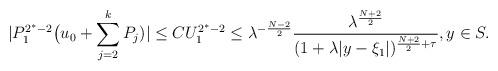
LaTeX: \begin{align*}|P_1^{2^*-2} \bigl( u_0 +\sum_{j=2}^k P_j)|\le C U_1^{2^*-2}\le\lambda^{ -\frac {N-2}2 } \frac{\lambda^{\frac{N+2}2}}{ (1+ \lambda|y-\xi_1|)^{\frac{N+2}2+\tau}},y\in S.\end{align*}